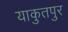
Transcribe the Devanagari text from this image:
याकुतपुर